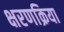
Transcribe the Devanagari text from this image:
क्षरणक्रिया